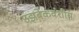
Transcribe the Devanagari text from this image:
उझबेकवंशीय